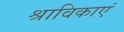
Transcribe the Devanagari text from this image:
श्राविकाएं